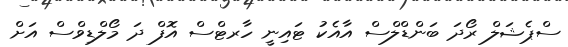
ސްޕެޝަލް ރޯދަ ބަންޑްލްސް އާއެކު ޓައިނީ ހާރޓްސް އޮފް ދަ މޯލްޑިވްސް އަށް